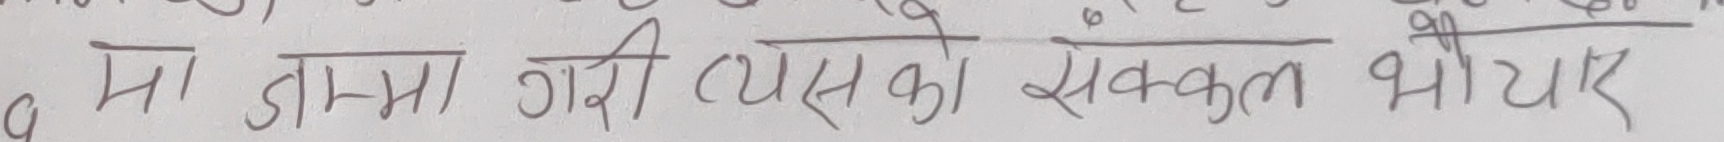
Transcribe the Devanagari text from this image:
मा जन्म गराए त्यसको संकल्प भयो